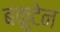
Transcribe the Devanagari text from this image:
बकुटेन